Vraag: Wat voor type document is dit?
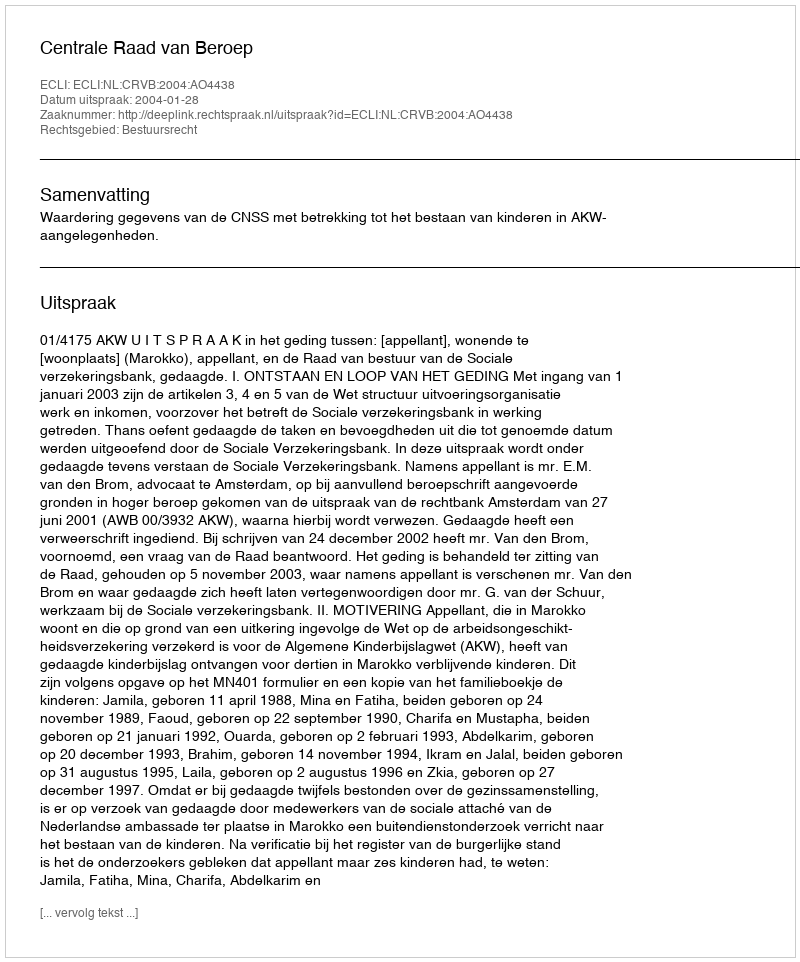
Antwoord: Uitspraak